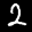
Label: 2